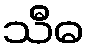
သီဓ